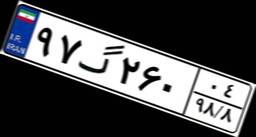
۲۲گ۷۶۳۰۴